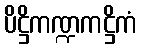
ပိဋ္ဌိကဏ္ဍကဋ္ဌိကံ